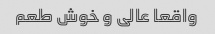
واقعا عالی و خوش طعم